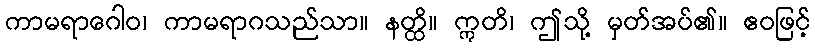
ကာမရာဂေါဝ၊ ကာမရာဂသည်သာ။ နတ္ထိ။ ဣတိ၊ ဤသို့ မှတ်အပ်၏။ ဧဝဖြင့်